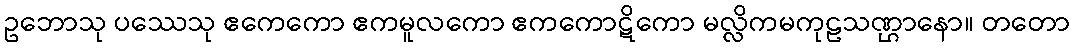
ဥဘောသု ပဿေသု ဧကေကော ဧကမူလကော ဧကကောဋိကော မလ္လိကမကုဠသဏ္ဌာနော။ တတော